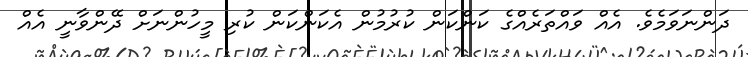
ދަންނަވަމެވެ. އެއް ވައްތަރެއްގެ ކަންކަން ކުރުމުން އެކަންކަން ކުރި މީހުންނަށް ދޭންވާނީ އެއް